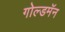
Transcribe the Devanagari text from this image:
गोल्डमॅन